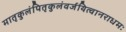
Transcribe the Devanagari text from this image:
मातृकुलंपितृकुलंवर्जयित्वानराधमः